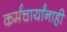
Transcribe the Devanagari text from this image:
कर्मचार्यांनाही